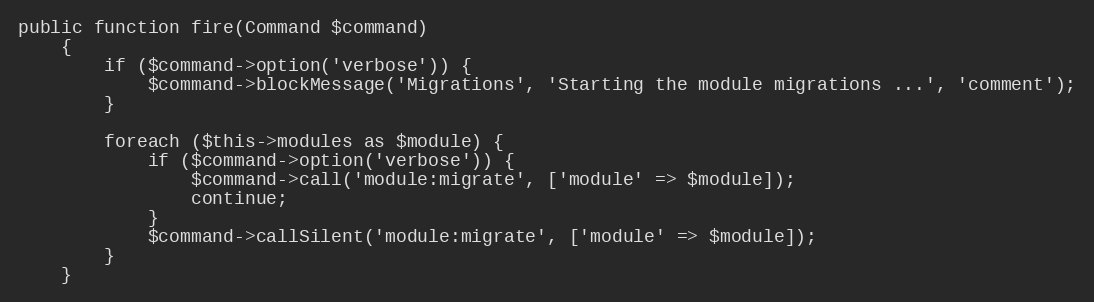
Language: PHP
public function fire(Command $command)
    {
        if ($command->option('verbose')) {
            $command->blockMessage('Migrations', 'Starting the module migrations ...', 'comment');
        }

        foreach ($this->modules as $module) {
            if ($command->option('verbose')) {
                $command->call('module:migrate', ['module' => $module]);
                continue;
            }
            $command->callSilent('module:migrate', ['module' => $module]);
        }
    }